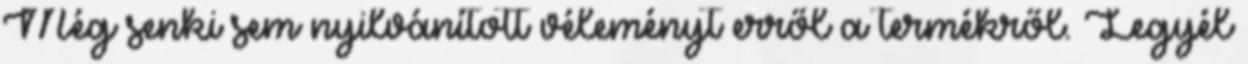
Még senki sem nyilvánított véleményt erről a termékről. Legyél